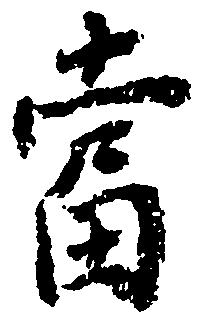
当